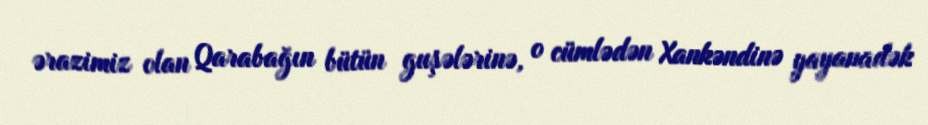
ərazimiz olan Qarabağın bütün guşələrinə, o cümlədən Xankəndinə yayanadək